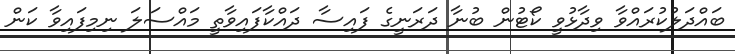
ބައްދަލުކުރައްވާ ވިދާޅުވީ ކޯޓުން ބުނާ ދަރަނީގެ ފައިސާ ދައްކާފައިވާތީ މައްސަލަ ނިމިފައިވާ ކަން